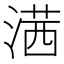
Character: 𣺋